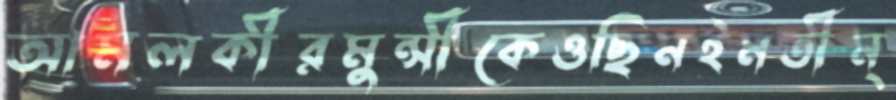
আমলকীরমুন্সীকেওছিনইমতীন্